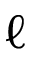
\ell